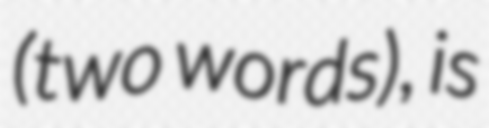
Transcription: (two words), is